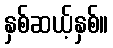
နှစ်ဆယ့်နှစ်။